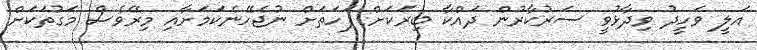
އަލީ ވަހީދު ވިދާޅުވީ ސަރުކާރުން ދައްކާ ބިރަކަށް ފަހަތަށް ނުޖެހޭނެކަމަށާއި މިރޭވެސް މަގުތަކަށް